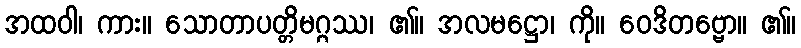
အထဝါ၊ ကား။ သောတာပတ္တိမဂ္ဂဿ၊ ၏။ အလမဋ္ဌော၊ ကို။ ဝေဒိတဗ္ဗော။ ၏။